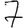
Digit: 7